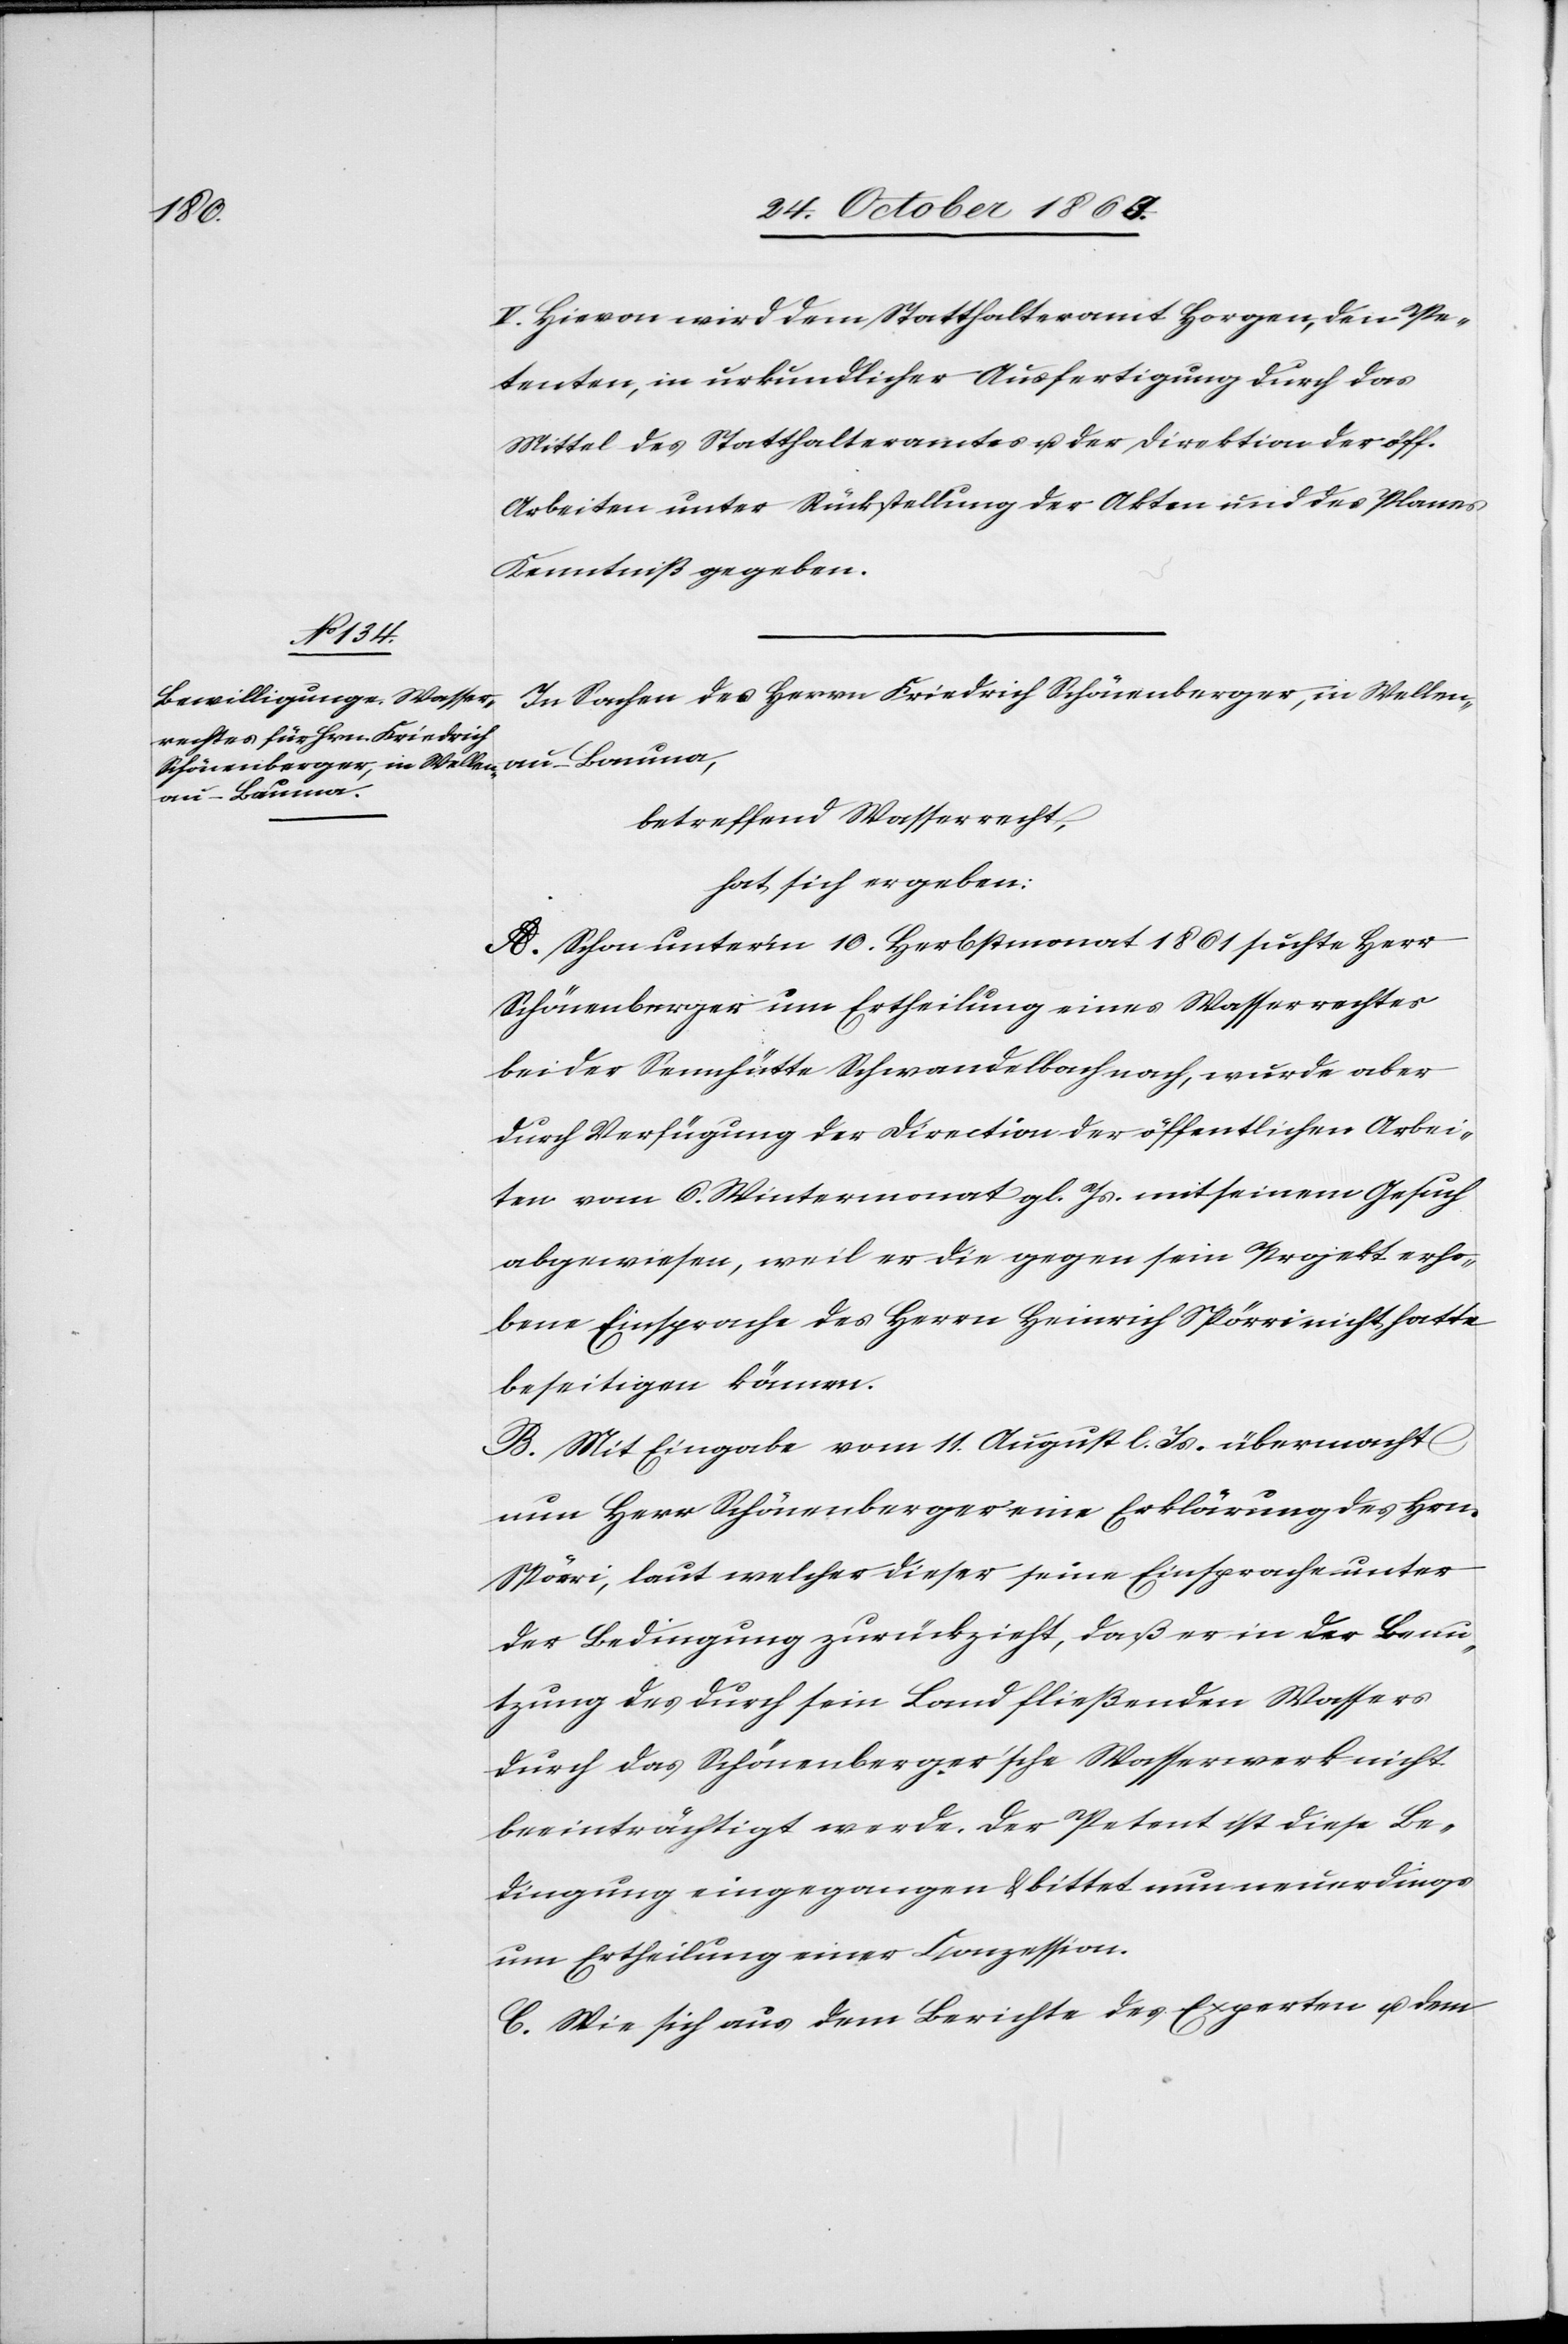
V. Hievon wird dem Statthalteramt Horgen, den Pe¬
tenten, in urkundlicher Ausfertigung durch das
Mittel des Statthalteramtes u. der Direktion der öff.
Arbeiten unter Rückstellung der Akten und des Planes
Kenntniß gegeben.
In Sachen des Herrn Friedrich Schönenberger, in Wellen¬
au-Bauma,
betreffend Wasserrecht,
hat sich ergeben:
A. Schon unter'm 10. Herbstmonat 1861 suchte Herr
Schönenberger um Ertheilung eines Wasserrechtes
bei der Sennhütte Schwandelbach nach, wurde aber
durch Verfügung der Direction der öffentlichen Arbei¬
ten vom 6. Wintermonat gl. Js. mit seinem Gesuch
abgewiesen, weil er die gegen sein Projekt erho¬
bene Einsprache des Herrn Heinrich Spörri nicht hatte
beseitigen können.
B. Mit Eingabe vom 11. August l. Js. übermacht
nun Herr Schönenberger eine Erklärung des Hrn.
Spörri, laut welcher dieser seine Einsprache unter
der Bedingung zurückzieht, daß er in der Benu¬
tzung des durch sein Land fließenden Wassers
durch das Schönenberger'sche Wasserwerk nicht
beeinträchtigt werde. Der Petent ist diese Be¬
dingung eingegangen & bittet nun neuerdings
um Ertheilung einer Conzession.
C. Wie sich aus dem Berichte des Experten u. dem